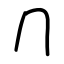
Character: ⺆